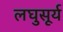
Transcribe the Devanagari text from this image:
लघुसूर्य